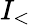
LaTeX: I_{<}